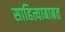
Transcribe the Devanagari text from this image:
साहित्याबाबत